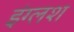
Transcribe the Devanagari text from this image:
इंग्लश